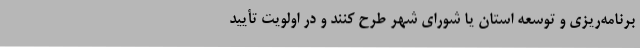
برنامه‌ریزی و توسعه استان یا شورای شهر طرح کنند و در اولویت تأیید